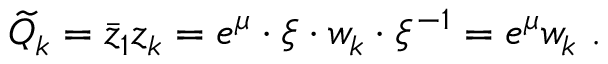
\widetilde Q _ { k } = { \bar { z } _ { 1 } } z _ { k } = e ^ { \mu } \cdot \xi \cdot w _ { k } \cdot \xi ^ { - 1 } = e ^ { \mu } w _ { k } \ .